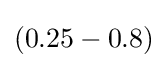
(0.25-0.8)